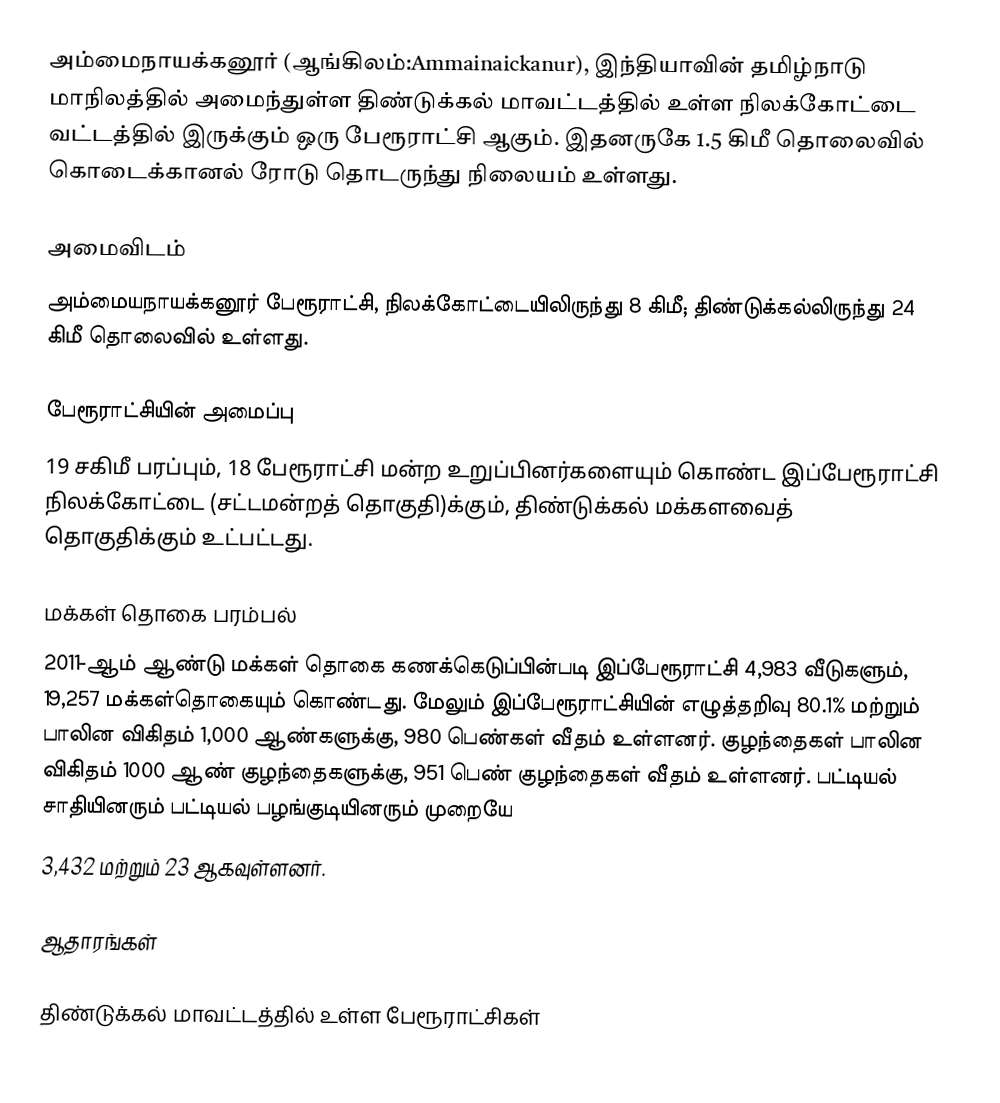
அம்மைநாயக்கனூர் (ஆங்கிலம்:Ammainaickanur), இந்தியாவின் தமிழ்நாடு மாநிலத்தில் அமைந்துள்ள திண்டுக்கல் மாவட்டத்தில் உள்ள நிலக்கோட்டை வட்டத்தில்  இருக்கும் ஒரு பேரூராட்சி ஆகும். இதனருகே 1.5 கிமீ தொலைவில் கொடைக்கானல் ரோடு தொடருந்து நிலையம் உள்ளது.

அமைவிடம்
அம்மையநாயக்கனூர் பேரூராட்சி, நிலக்கோட்டையிலிருந்து 8 கிமீ; திண்டுக்கல்லிருந்து 24 கிமீ தொலைவில் உள்ளது.

பேரூராட்சியின் அமைப்பு
19 சகிமீ பரப்பும், 18  பேரூராட்சி மன்ற உறுப்பினர்களையும் கொண்ட  இப்பேரூராட்சி நிலக்கோட்டை (சட்டமன்றத் தொகுதி)க்கும், திண்டுக்கல் மக்களவைத் தொகுதிக்கும் உட்பட்டது.

மக்கள் தொகை பரம்பல்
2011-ஆம் ஆண்டு மக்கள் தொகை கணக்கெடுப்பின்படி   இப்பேரூராட்சி 4,983 வீடுகளும், 19,257  மக்கள்தொகையும் கொண்டது. மேலும் இப்பேரூராட்சியின் எழுத்தறிவு 80.1%  மற்றும்  பாலின விகிதம் 1,000 ஆண்களுக்கு, 980 பெண்கள் வீதம் உள்ளனர். குழந்தைகள் பாலின விகிதம் 1000 ஆண் குழந்தைகளுக்கு,    951 பெண் குழந்தைகள் வீதம் உள்ளனர்.  பட்டியல் சாதியினரும் பட்டியல் பழங்குடியினரும்  முறையே
3,432  மற்றும் 23 ஆகவுள்ளனர்.

ஆதாரங்கள்

திண்டுக்கல் மாவட்டத்தில் உள்ள பேரூராட்சிகள்